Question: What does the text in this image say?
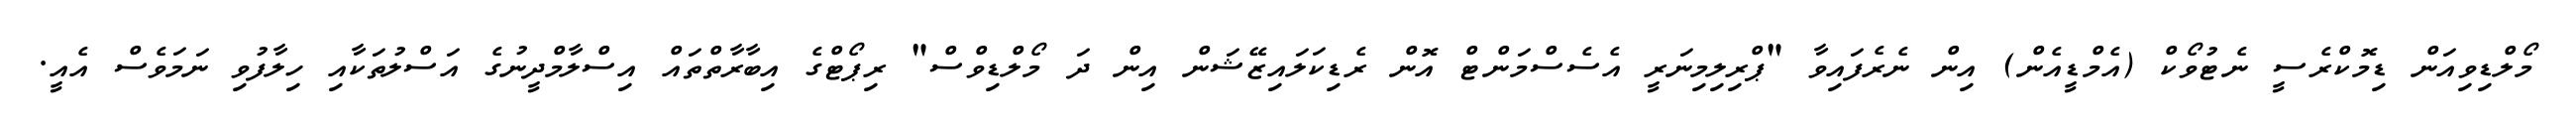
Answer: މޯލްޑިވިއަން ޑިމޮކްރެސީ ނެޓުވޯކް (އެމްޑީއެން) އިން ނެރެފައިވާ "ޕްރިލިމިނަރީ އެސެސްމަންޓް އޮން ރެޑިކަލައިޒޭޝަން އިން ދަ މޯލްޑިވްސް" ރިޕޯޓްގެ އިބާރާތްތައް އިސްލާމްދީނުގެ އަސްލުތަކާއި ހިލާފުވި ނަމަވެސް އެއީ.